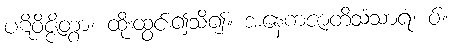
ပဋိဝိဇ္ဇိတွာ၊ ထိုးထွင်း၍သိ၍။ အနေကဇာတိသံသာရံ၊ ဝ်။